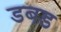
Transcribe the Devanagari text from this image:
डबड